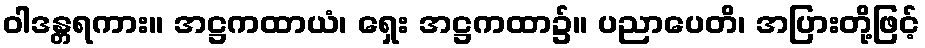
ဝါဒန္တရကား။ အဋ္ဌကထာယံ၊ ရှေး အဋ္ဌကထာ၌။ ပညာပေတိ၊ အပြားတို့ဖြင့်